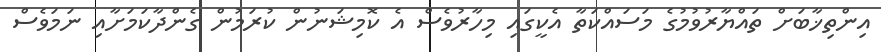
އިންތިޚާބަށް ތައްޔާރުވުމުގެ މަސައްކަތާ އެކީގައި މިހާރުވެސް އެ ކޮމިޝަނުން ކުރަމުން ގެންދާކަމަށާއި ނަމަވެސް